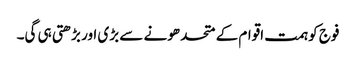
فوج کو ہمت اقوام کے متحد ھونے سے بڑی اور بڑھتی ہی گی۔